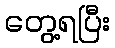
တွေ့ရပြီး